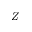
Z